Laimjala_vallavalitsus, lk 13
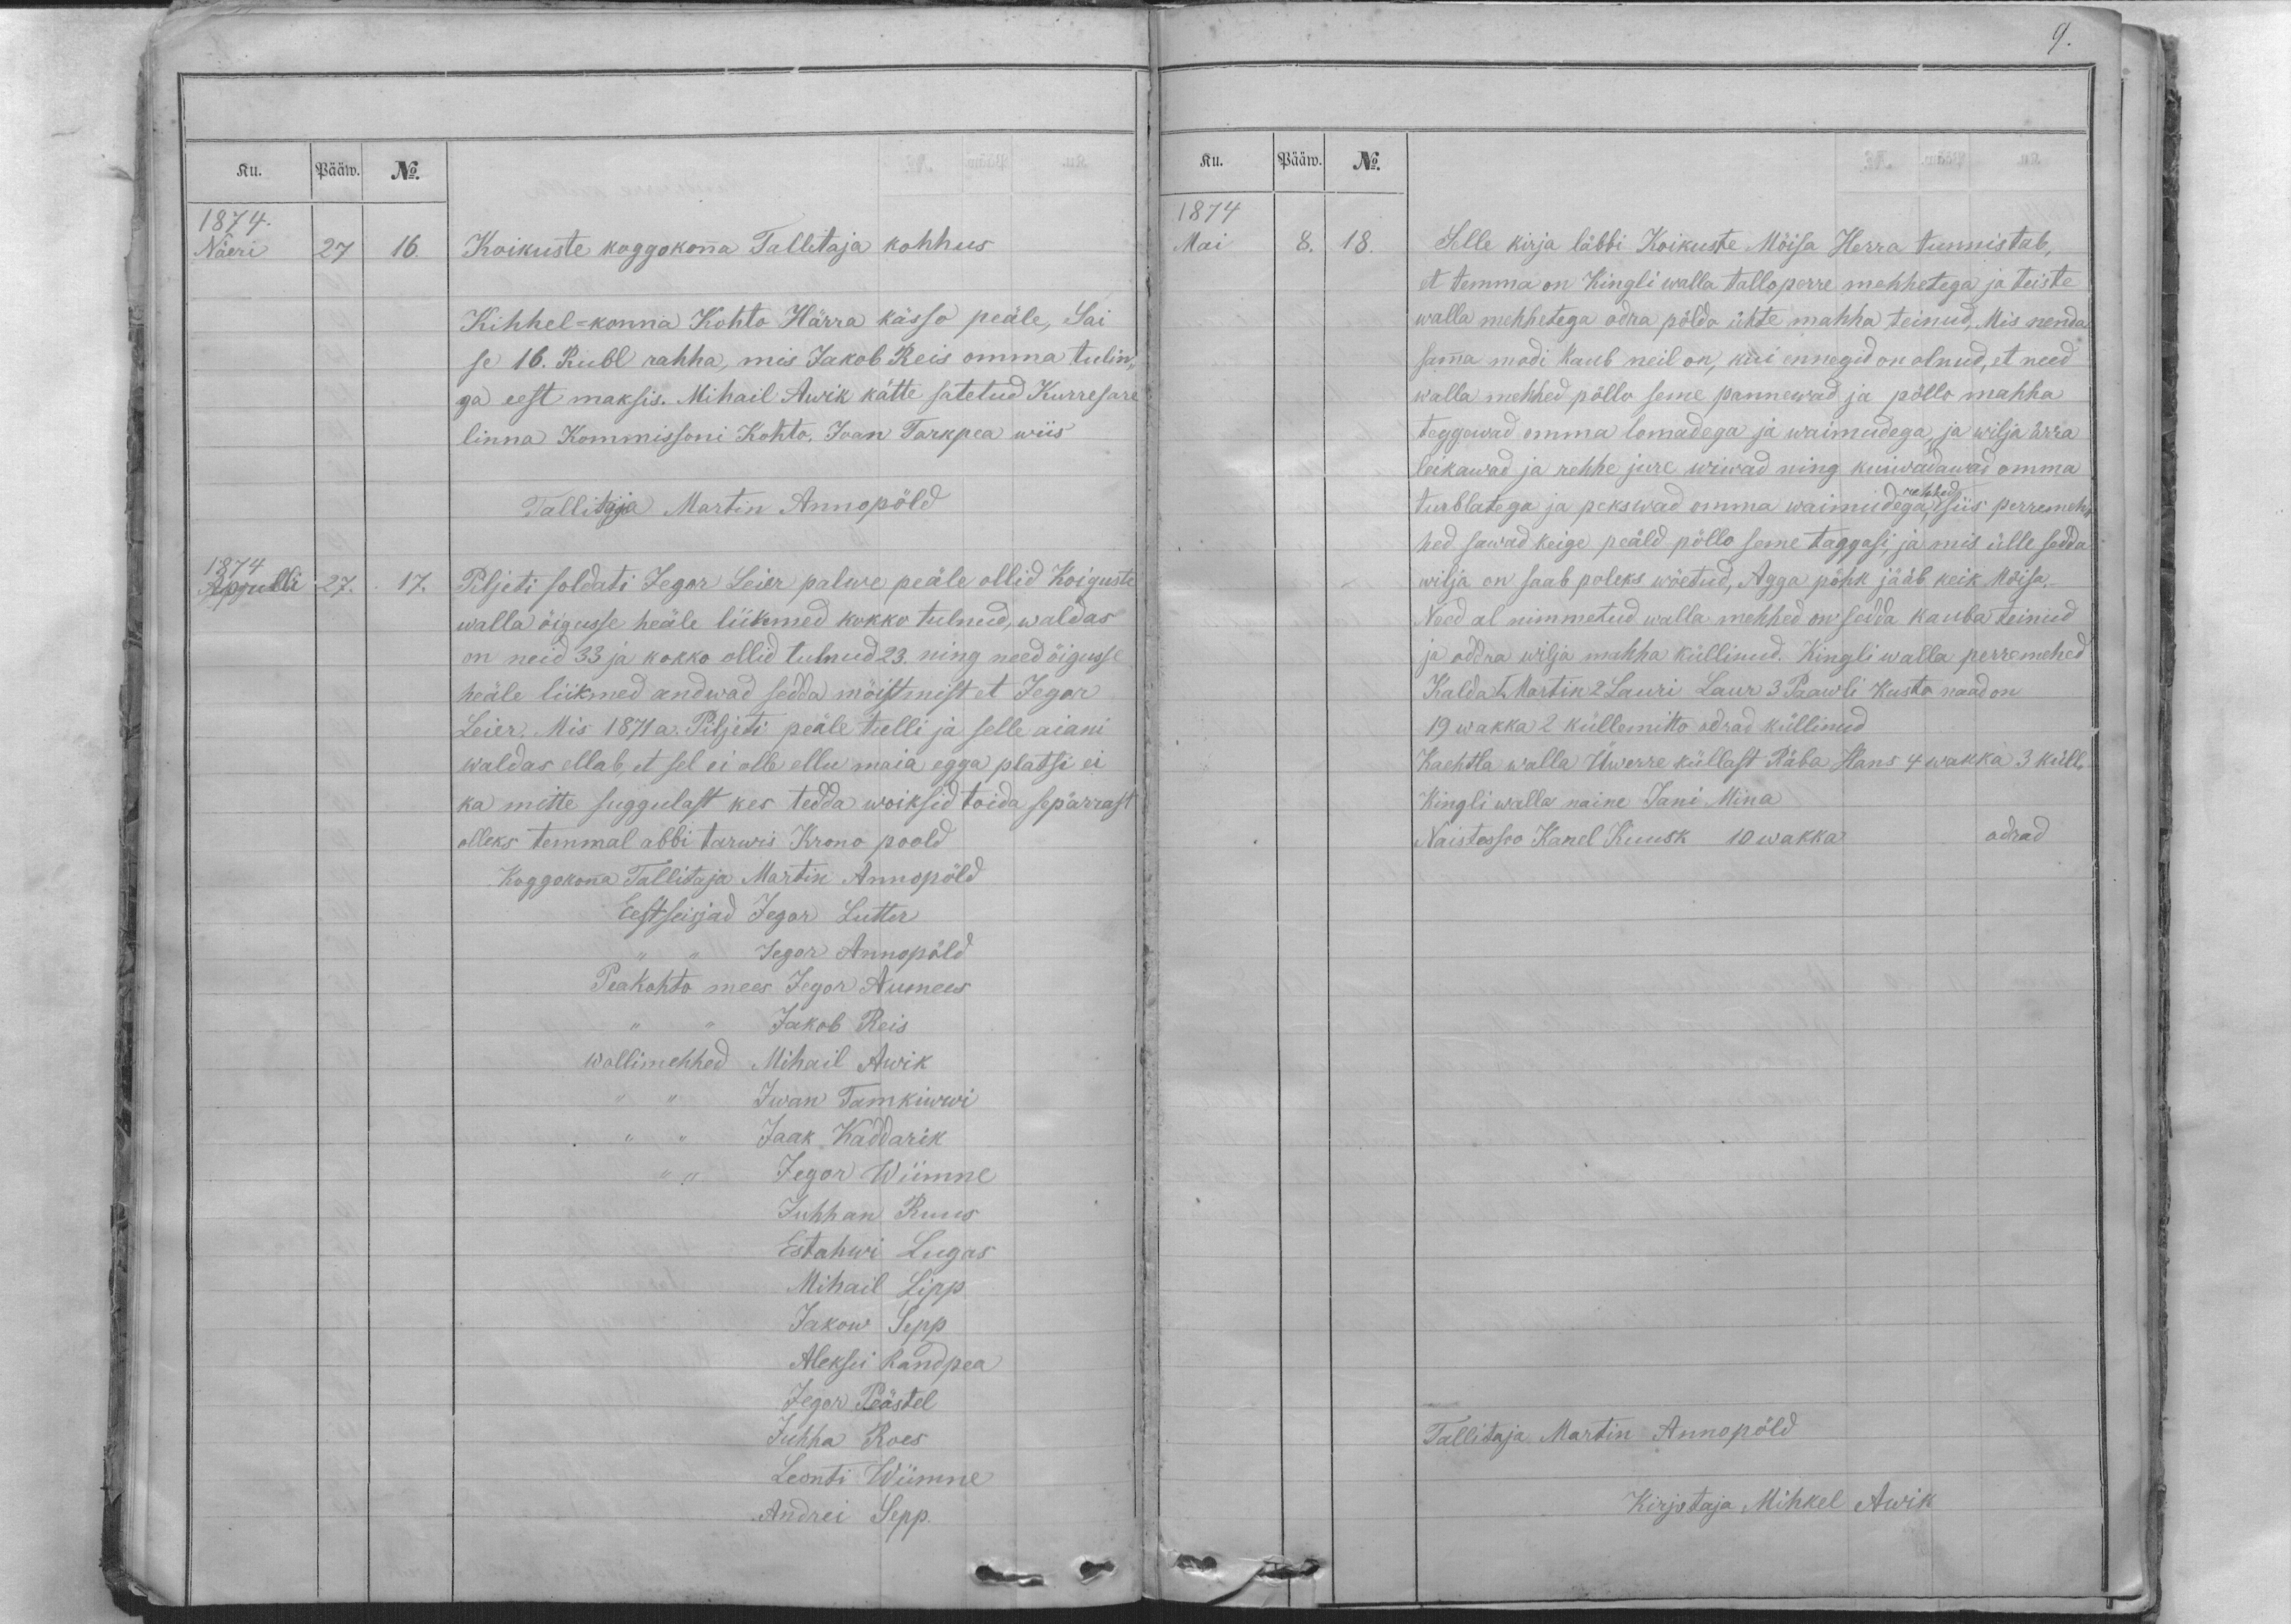
Ku.
Pääw.
No.
1874.
Näeri
27
16.
Koikuste koggokonna Tallitaja kohhus
Kihhel-konna Kohto Härra kässo peäle, Sai
se 16. Rubl rahha, mis Jakob Reis omma tulin-
ga eest maksis. Mihail Awik kätte satetud Kurresare
linna Kommissoni Kohto, Jaan Tarkpea wiis
Tallitaja Martin Annopöld
1874
Aprilli
27.
17.
Piljeti soldati Jegor Leier palwe peäle ollid Koiguste
walla õigusse heäle liikmed kokko tulnud, waldas
on neid 33 ja kokko ollid tulnud 23. ning need õigusse
heäle liikmed andwad sedda möistmist et Jegor
Leier. Mis 1871 a. Piljeti peäle tulli ja selle aiani
waldas ellab, et sel ei olle ellu maia egga platsi ei
ka mitte suggulast kes tedda woiksid toida sepärrast
olleks temmal abbi tarwis Krono poold
Koggokonna Tallitaja Martin Annopöld
Eestseisjad Jegor Lutter
,, ,, Jegor Annopöld
Peakohto mees Jegor Aumees
,, ,, Jakob Reis
wollimehhed Mihail Awik
,, ,, Iwan Tamkiwwi
,, ,, Jaak Kaddarik
,, ,, Jegor Wiimne
Juhhan Ruus
Estahwi Lugas
Mihail Lipp
Jakow Sepp
Aleksei Randpea
Jegor Peästel
Juhha Roes
Leonti Wiimne
Andrei Sepp

Ku.
Pääw.
No.
1874
Mai
8.
18.
Selle kirja läbbi Koikuste Mõisa Herra tunnistab,
et temma on Kingli walla tallo perre mehhetega ja teiste
walla mehhetega odra põldo ühte mahha teinud, Mis nenda
samma modi kaub neil on, kui ennegid on olnud, et need
walla mehhed pöllo seme pannewad ja pöllo mahha
teggewad omma lomadega ja waimudega, ja wilja ärra
leikawad ja rehhe jure wiwad ning kuiwadawad omma
rehhed
turblatega ja pekswad omma waimudega, siis perremeh-
hed sawad keige peäld pöllo seme taggasi, ja mis ülle sedda
wilja on saab poleks wöetud, Agga põhk jääb keik Mõisa._
Need al nimmetud walla mehhed on sedda kauba teinud
ja oddra wilja mahha küllinud. Kingli walla perremehed
Kalda I. Martin 2 Lauri Laur 3 Paawli Kusta naad on
19 wakka 2 küllemitto odrad küllinud
Kachtla walla Üwerre küllast Räba Hans 4 wakka 3 küll-
Kingli walla naine Jani Mina
Naistessoo Kanel Kuusk 10 wakka odrad

Tallitaja Martin Annopöld
Kirjotaja Mihkel Awik